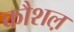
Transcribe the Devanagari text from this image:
कौशल़